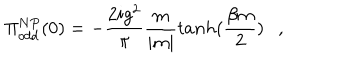
\Pi _ { o d d } ^ { N P } ( 0 ) = - \frac { 2 i g ^ { 2 } } { \pi } \frac { m } { | m | } t a n h ( \frac { \beta m } { 2 } ) ,